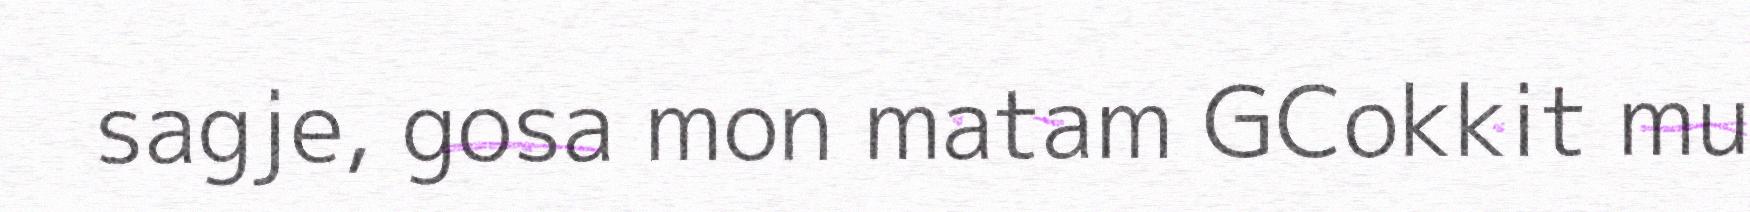
sagje, gosa mon matam GCokkit mu